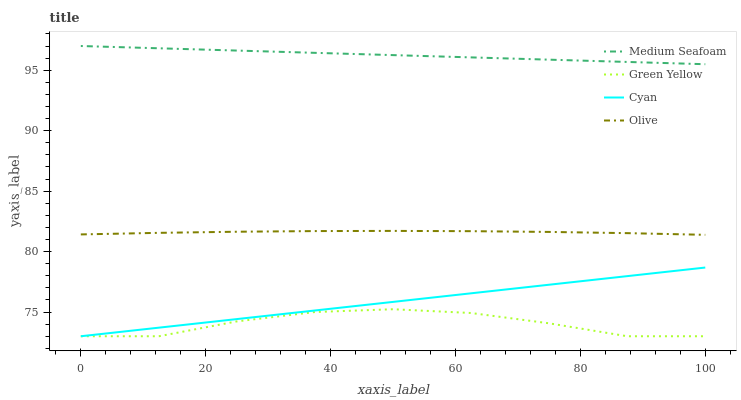
| xaxis_label | Medium Seafoam | Green Yellow | Cyan | Olive |
 | --- | --- | --- | --- | --- |
 | 0 | 97 | 73 | 73 | 81.4 |
 | 12.5 | 96.8 | 73 | 73.7 | 81.6 |
 | 25 | 96.6 | 74.2 | 74.4 | 81.6 |
 | 37.5 | 96.4 | 75 | 75.1 | 81.7 |
 | 50 | 96.2 | 75.2 | 75.8 | 81.7 |
 | 62.5 | 96.1 | 74.9 | 76.6 | 81.7 |
 | 75 | 95.9 | 74.1 | 77.3 | 81.6 |
 | 87.5 | 95.7 | 73 | 78 | 81.5 |
 | 100 | 95.5 | 73 | 78.7 | 81.4 |